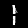
Digit: 1